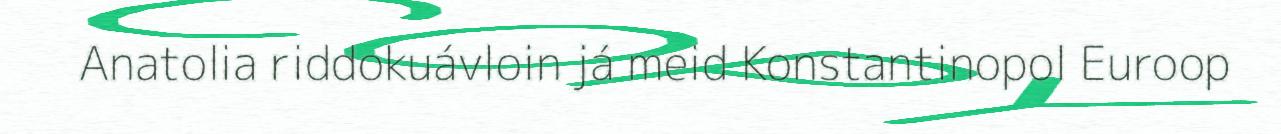
Anatolia riddokuávloin já meid Konstantinopol Euroop